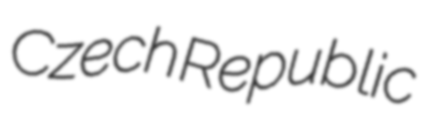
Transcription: Czech Republic